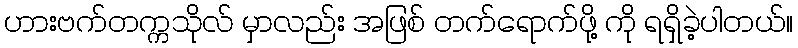
ဟားဗက်တက္ကသိုလ် မှာလည်း အဖြစ် တက်ရောက်ဖို့ ကို ရရှိခဲ့ပါတယ်။